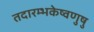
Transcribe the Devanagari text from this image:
तदारम्भकेष्वणुषु